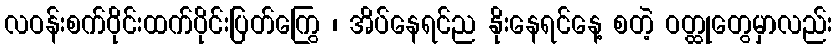
လဝန်းစက်ဝိုင်းထက်ပိုင်းပြတ်ကြွေ ၊ အိပ်နေရင်ည နိုးနေရင်နေ့ စတဲ့ ဝတ္ထုတွေမှာလည်း